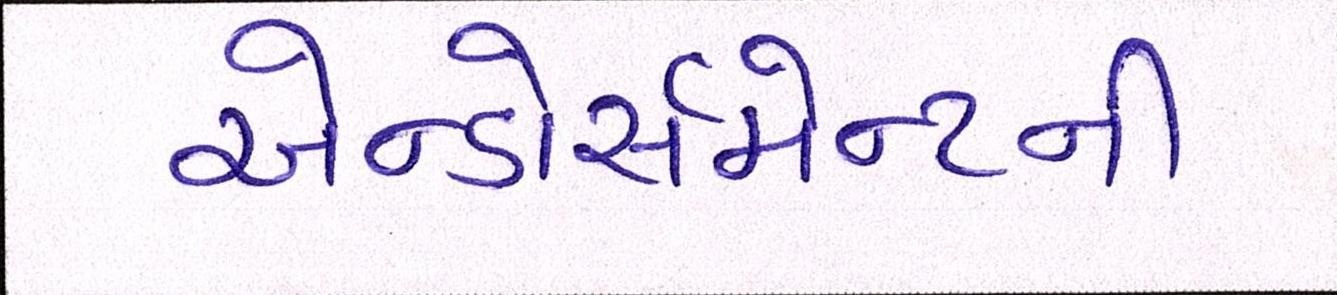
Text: એન્ડોર્સમેન્ટની